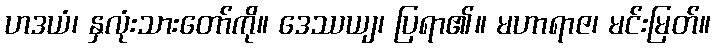
ဟဒယံ၊ နှလုံးသားတော်ကို။ ဒေဿယျ၊ ပြရာ၏။ မဟာရာဇ၊ မင်းမြတ်။